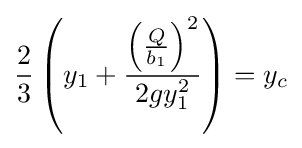
{\frac {2}{3}}\left(y_{1}+{\frac {\left({\frac {Q}{b_{1}}}\right)^{2}}{2gy_{1}^{2}}}\right)=y_{c}